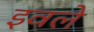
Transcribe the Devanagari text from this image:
इवले